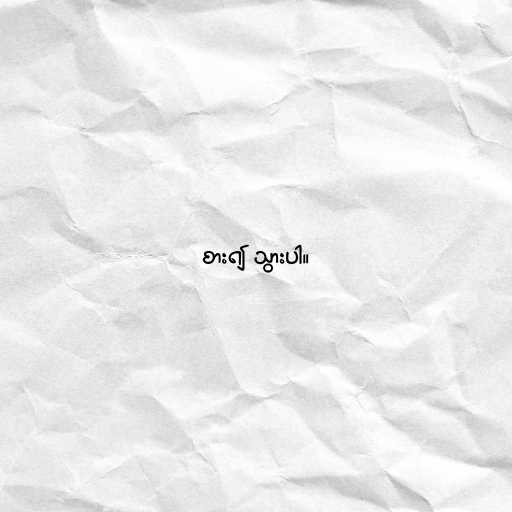
စား၍ သွားပါ။